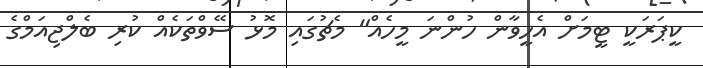
ކީޕަރަކީ ޓީމަށް އެހީވާން ހުންނަ މީހެއް" މެޗުގައި މޮޅު ސޭވްތަކެއް ކުރި ބެލްޖިއަމްގެ